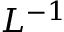
L ^ { - 1 }